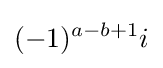
(-1)^{a-b+1}i